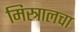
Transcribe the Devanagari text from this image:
मिस्त्रालचा